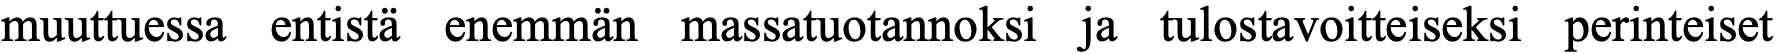
muuttuessa entistä enemmän massatuotannoksi ja tulostavoitteiseksi perinteiset